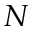
N